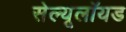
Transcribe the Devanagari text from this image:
सेल्यूलॉयड